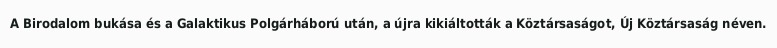
A Birodalom bukása és a Galaktikus Polgárháború után, a újra kikiáltották a Köztársaságot, Új Köztársaság néven.